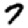
Digit: 7